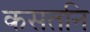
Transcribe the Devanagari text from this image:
कसतनि